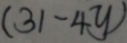
( 3 1 - 4 y )